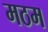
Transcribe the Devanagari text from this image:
मठम